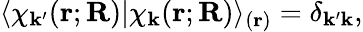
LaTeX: \langle\chi_{\mathbf{k}^{\prime}}(\mathbf{{r}};\mathbf{{R}})|\chi_{\mathbf{k}}(\mathbf{{r}};\mathbf{{R}})\rangle_{(\mathbf{{r}})}=\delta_{\mathbf{k}^{\prime}\mathbf{k}},